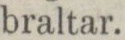
braltar.